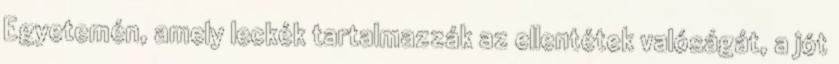
Egyetemén, amely leckék tartalmazzák az ellentétek valóságát, a jót